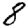
Digit: 8